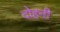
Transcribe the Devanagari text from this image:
दोहनी